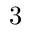
3